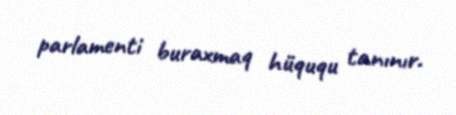
parlamenti buraxmaq hüququ tanınır.